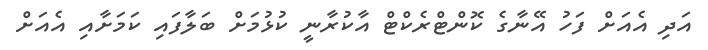
އަދި އެއަށް ފަހު އޭނާގެ ކޮންޓްރެކްޓް އާކުރާނީ ކުޅުމަށް ބަލާފައި ކަމަށާއި އެއަށް